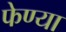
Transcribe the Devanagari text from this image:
फेण्या